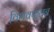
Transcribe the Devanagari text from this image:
विभवफलन